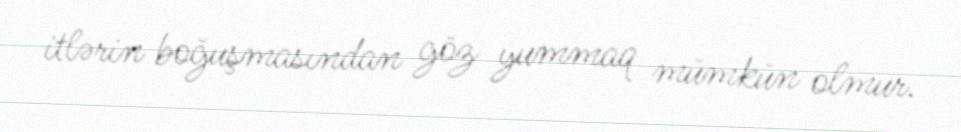
itlərin boğuşmasından göz yummaq mümkün olmur.